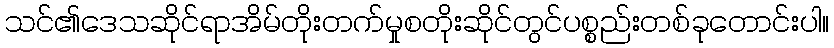
သင်၏ဒေသဆိုင်ရာအိမ်တိုးတက်မှုစတိုးဆိုင်တွင်ပစ္စည်းတစ်ခုတောင်းပါ။